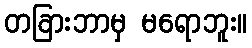
တခြားဘာမှ မရောဘူး။